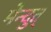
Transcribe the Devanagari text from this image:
मेन्दुत्